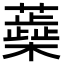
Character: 蘃